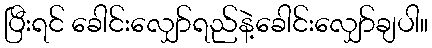
ပြီးရင် ခေါင်းလျှော်ရည်နဲ့ခေါင်းလျှော်ချပါ။